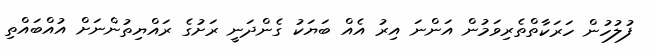
ފުލުހުން ހަރަކާތްތެރިވަމުން އަންނަ އިރު އެއް ބަޔަކު ގެންދަނީ ރަށުގެ ރައްޔިތުންނަށް އުއްބައްތި